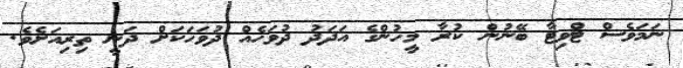
ނަމަވެސް ޓްވިޓާ ބޭނުން ކުރާ މީހުންގެ އަދަދު ދުވަހެއް ދުވަހަކަށް ދަނީ ތިރިއަށެވެ.